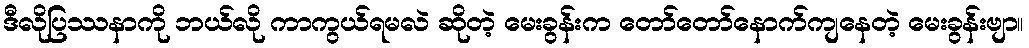
ဒီလိုပြဿနာကို ဘယ်လို ကာကွယ်ရမလဲ ဆိုတဲ့ မေးခွန်းက တော်တော်နောက်ကျနေတဲ့ မေးခွန်းဗျာ။